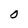
Character: O